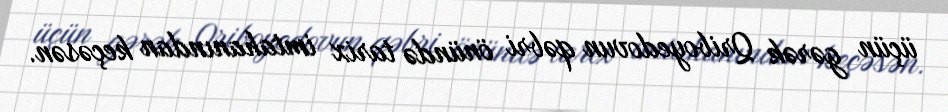
üçün gərək Qriboyedovun qəbri önündə tarix imtahanından keçəsən.